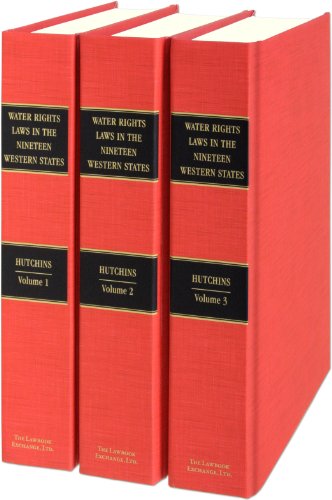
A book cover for Water Rights Laws in the Nineteen Western States; Wells A. Hutchins; Law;